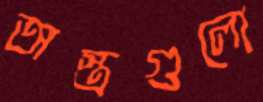
অস্ত্রগুলো